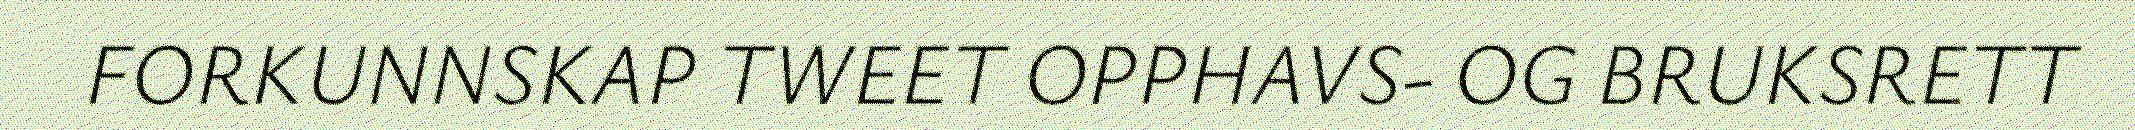
FORKUNNSKAP TWEET OPPHAVS- OG BRUKSRETT